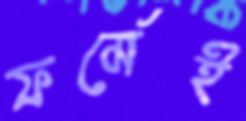
ফর্মেই